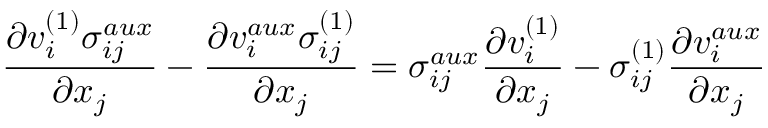
\frac { \partial v _ { i } ^ { ( 1 ) } \sigma _ { i j } ^ { a u x } } { \partial x _ { j } } - \frac { \partial v _ { i } ^ { a u x } \sigma _ { i j } ^ { ( 1 ) } } { \partial x _ { j } } = \sigma _ { i j } ^ { a u x } \frac { \partial v _ { i } ^ { ( 1 ) } } { \partial x _ { j } } - \sigma _ { i j } ^ { ( 1 ) } \frac { \partial v _ { i } ^ { a u x } } { \partial x _ { j } }